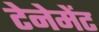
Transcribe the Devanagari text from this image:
टेनेमेंट